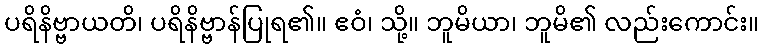
ပရိနိဗ္ဗာယတိ၊ ပရိနိဗ္ဗာန်ပြုရ၏။ ဧဝံ၊ သို့။ ဘူမိယာ၊ ဘူမိ၏ လည်းကောင်း။